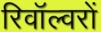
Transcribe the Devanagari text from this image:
रिवॉल्वरों